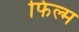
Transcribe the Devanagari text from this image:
फिल्म